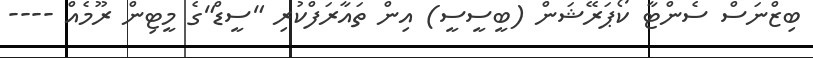
ބިޒްނަސް ސެންޓާ ކޯޕަރޭޝަން (ބީސީސީ) އިން ތައާރަފްކުރި "ސީޑް"ގެ މީޓިން ރޫމެއް ----